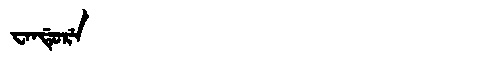
Manchu: ᠸᠠᠨᡩᡠᡵᡝ
Romanization: WANDURE